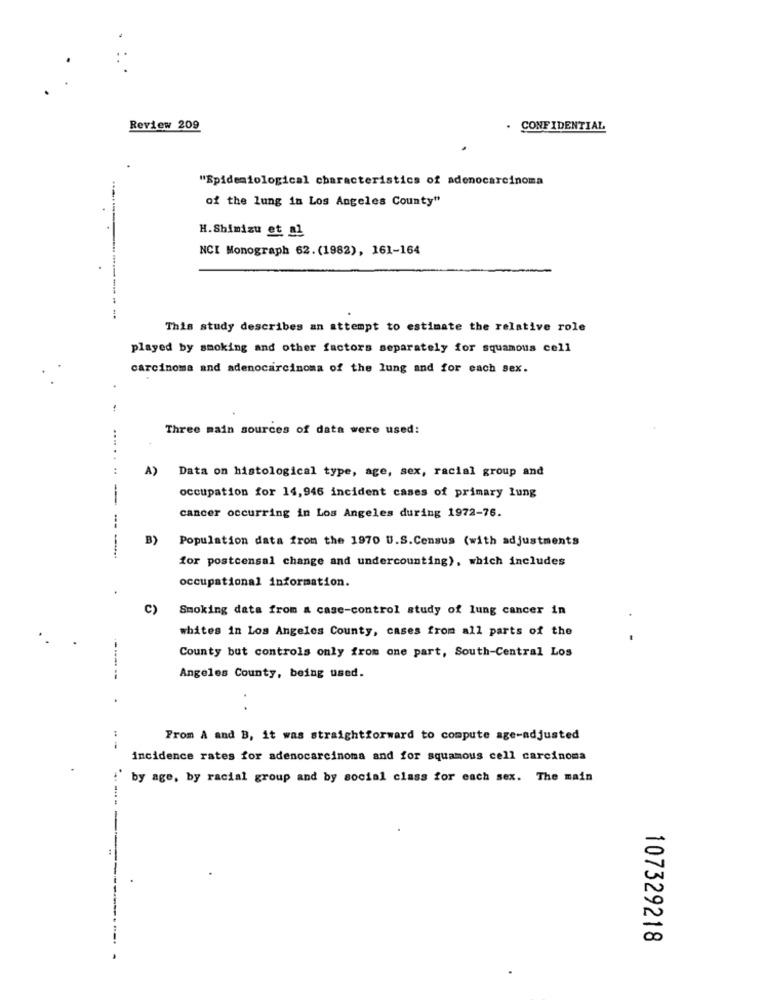
Review 209
CONFIDENTIAL
"Epidemiological characteristics of adenocarcinoma
of the lung in Los Angeles County"
H. Shimizu et al
NCI Monograph 62. (1982), 161-164
This study describes an attempt to estimate the relative role
played by smoking and other factors separately for squamous cell
carcinoma and adenocarcinoma of the lung and for each sex.
Three main sources of data were used:
:
A) Data on histological type, age, sex, racial group and
occupation for 14,946 incident cases of primary lung
cancer occurring in Los Angeles during 1972-76.
B)
Population data from the 1970 U.S.Census (with adjustments
for postcensal change and undercounting), which includes
occupational information.
C)
Smoking data from a case-control study of lung cancer in
whites in Los Angeles County, cases from all parts of the
County but controls only from one part, South-Central Los
Angeles County, being used.
From A and B, it was straightforward to compute age-adjusted
.-
incidence rates for adenocarcinoma and for squamous cell carcinoma
` by age, by racial group and by social class for each sex. The main
107329218